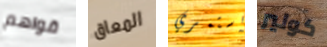
قواهم المعاق استمري كولير